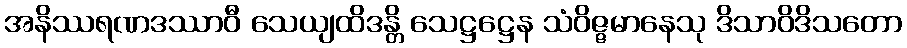
အနိဿရဏဒဿာဝီ သေယျထိဒန္တိ သေဋ္ဌဋ္ဌေန သံဝိဇ္ဇမာနေသု ဒိသာဝိဒိသတော